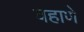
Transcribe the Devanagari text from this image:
वहाणे